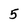
Character: 5